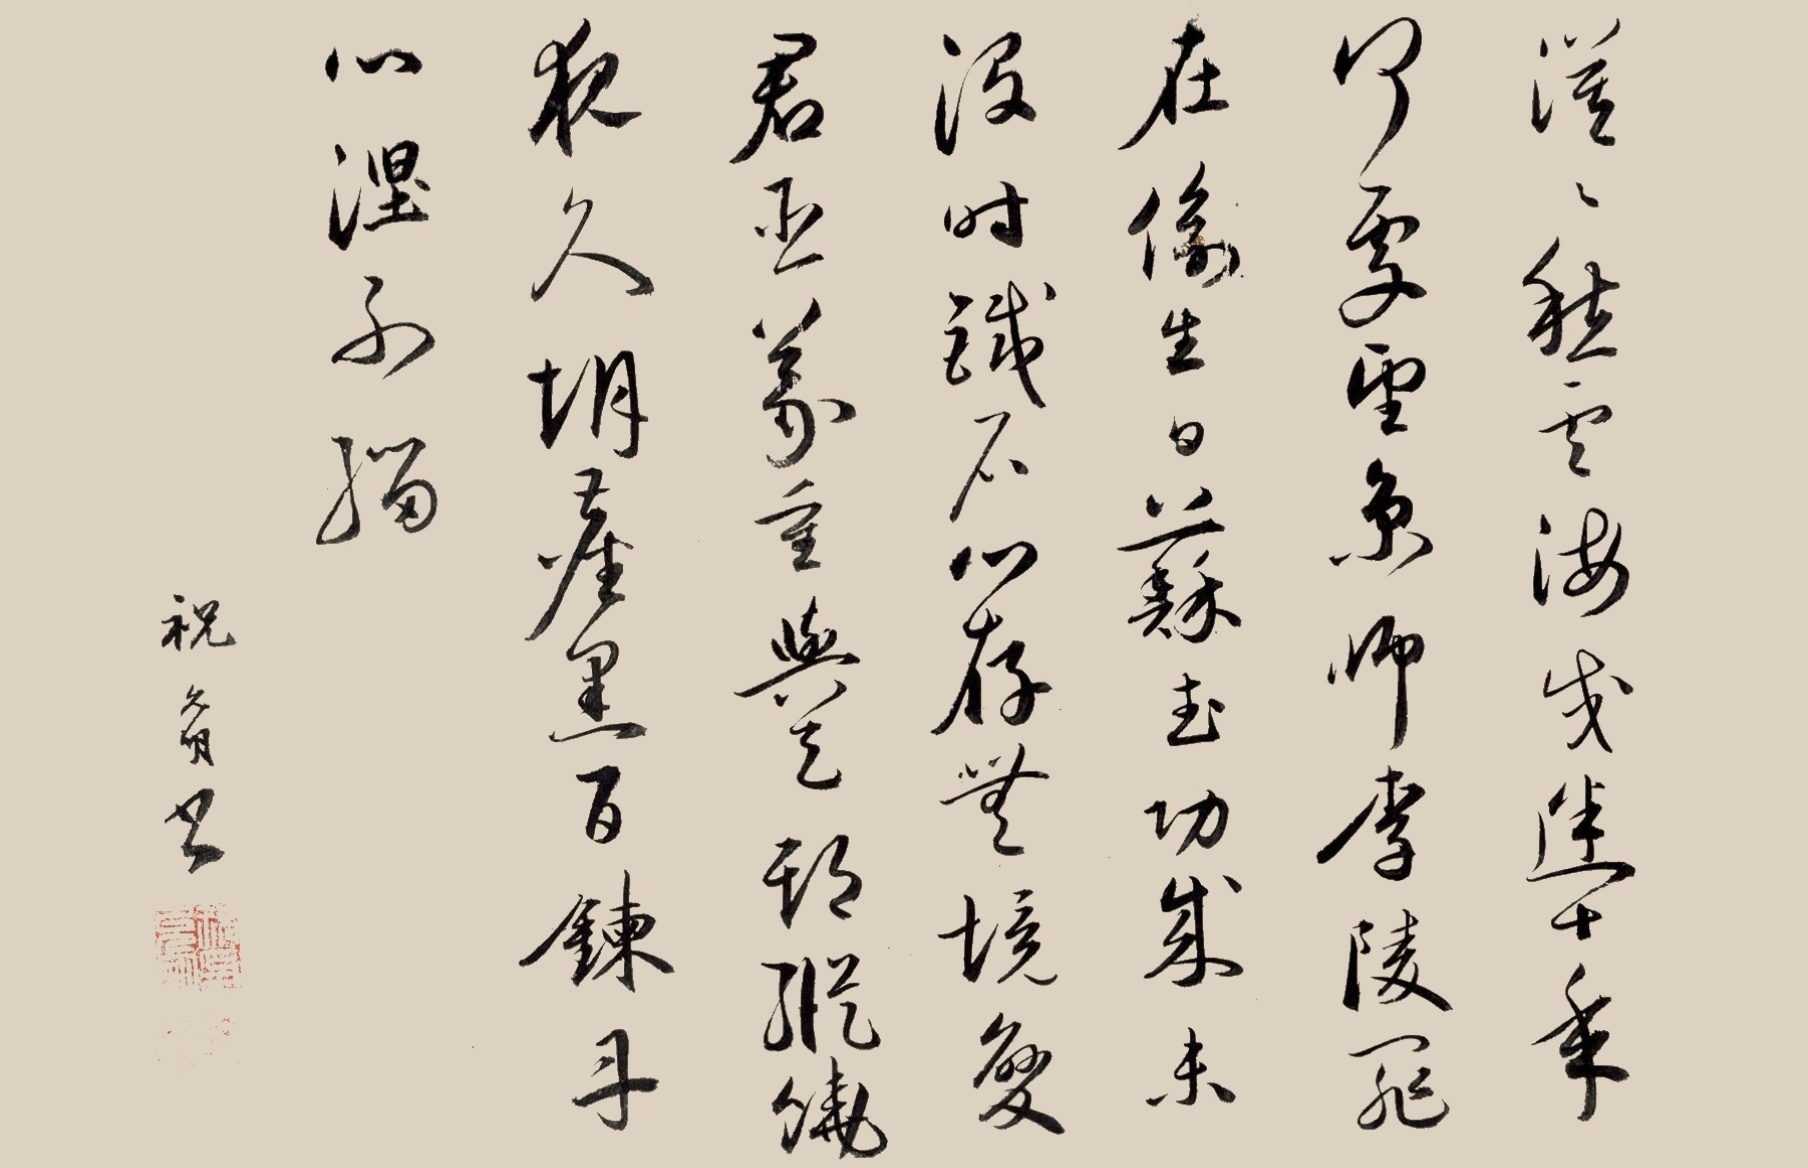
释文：漠漠愁云海戌迷，十年何事望京师。李陵罪在偷生日，苏武功成未死时。铁石心存无镜变，君臣义重与天期。纵饶夜久胡尘黑，百炼丹心涅不缁。祝允明书。